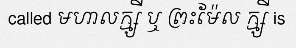
called មហាលក្ម្សី ឬ ព្រះម៉ែល ក្ម្សី is